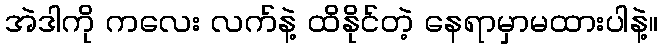
အဲဒါကို ကလေး လက်နဲ့ ထိနိုင်တဲ့ နေရာမှာမထားပါနဲ့။